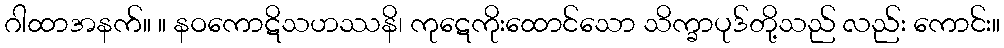
ဂါထာအနက်။ ။ နဝကောဋိသဟဿနိ၊ ကုဋေကိုးထောင်သော သိက္ခာပုဒ်တို့သည် လည်း ကောင်း။